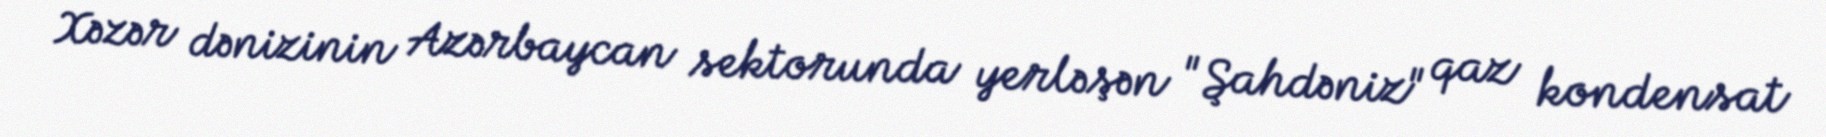
Xəzər dənizinin Azərbaycan sektorunda yerləşən "Şahdəniz" qaz kondensat